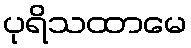
ပုရိသထာမေ